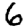
Digit: 6